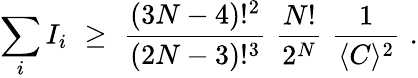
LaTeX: \sum_{i}I_{i}\, \, \ge\, \, \displaystyle{\frac{(3N-4)!^{2}}{(2N-3)!^{3}}}\, \, \displaystyle{\frac{N!}{2^{N}}}\, \, \displaystyle{\frac{1}{\langle C\rangle^{2}}}\, \, .